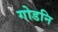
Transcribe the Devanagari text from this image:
गोडनि